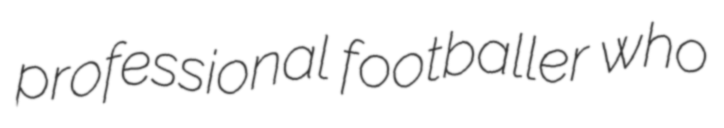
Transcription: professional footballer who